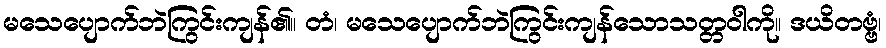
မသေပျောက်ဘဲကြွင်းကျန်၏။ တံ၊ မသေပျောက်ဘဲကြွင်းကျန်သောသတ္တဝါကို။ ဒယိတဗ္ဗံ၊